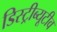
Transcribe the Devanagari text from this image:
डिस्ट्रीब्यूटीव